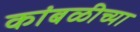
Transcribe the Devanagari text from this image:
कांबळीच्या